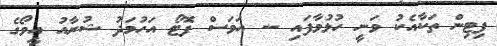
ފިޓިން ތަކާއެކު ވަނީ ހުޅުވާފައި -- އަވަސް ފޮޓޯ އަހުމަދު ޝުރާއު އީވޯގެ